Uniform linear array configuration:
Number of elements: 24
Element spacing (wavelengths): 0.25
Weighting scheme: blackman
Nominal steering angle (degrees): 15
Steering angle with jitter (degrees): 13.95
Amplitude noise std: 0.05
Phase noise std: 0.05

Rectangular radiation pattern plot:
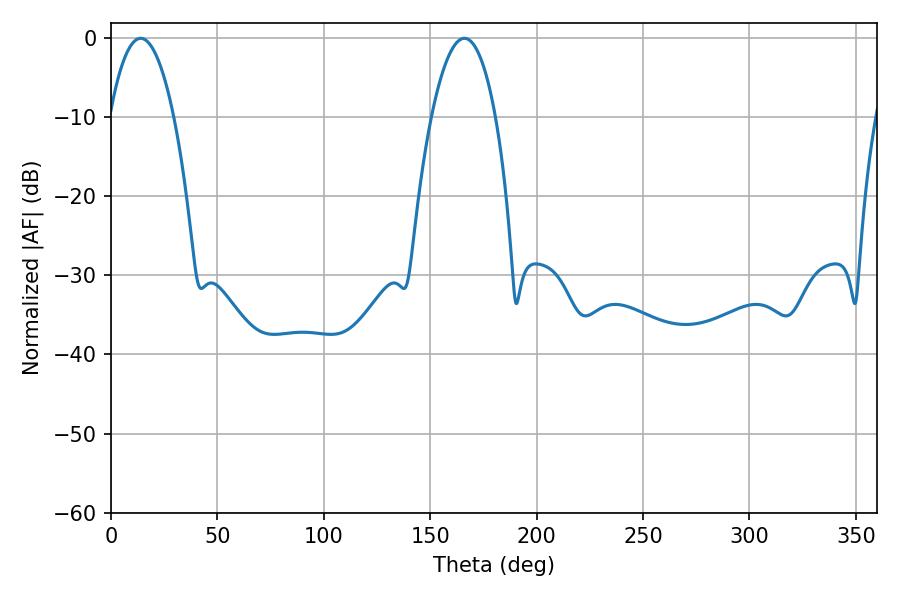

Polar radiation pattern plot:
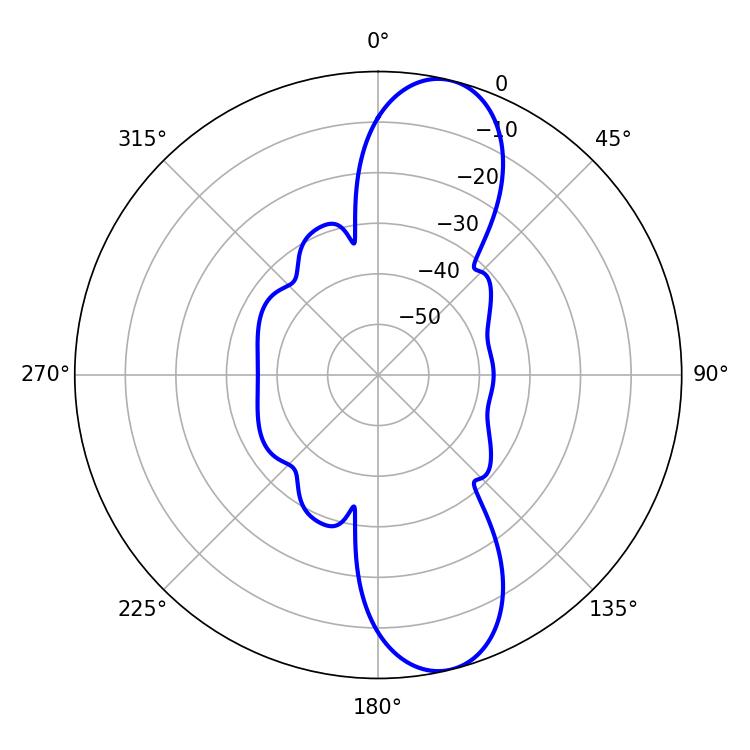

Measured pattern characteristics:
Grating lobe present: FALSE
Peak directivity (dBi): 11.21
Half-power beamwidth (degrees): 16.74
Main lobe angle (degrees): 13.86